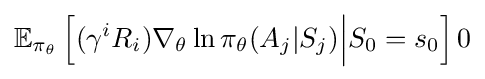
\mathbb {E} _{\pi _{\theta }}\left[(\gamma ^{i}R_{i})\nabla _{\theta }\ln \pi _{\theta }(A_{j}|S_{j}){\Big |}S_{0}=s_{0}\right]0